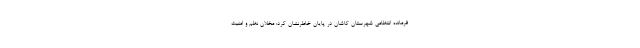
فرمانده انتظامی شهرستان کاشان در پایان خاطرنشان کرد: مخلان نظم و امنیت